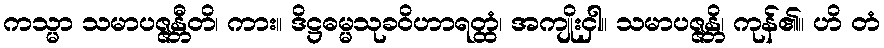
ကသ္မာ သမာပဇ္ဇန္တီတိ၊ ကား။ ဒိဋ္ဌဓမ္မသုခဝိဟာရတ္ထံ၊ အကျိုးငှါ။ သမာပဇ္ဇန္တိ၊ ကုန်၏။ ဟိ တံ